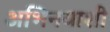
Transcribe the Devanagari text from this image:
अभिनयाशी